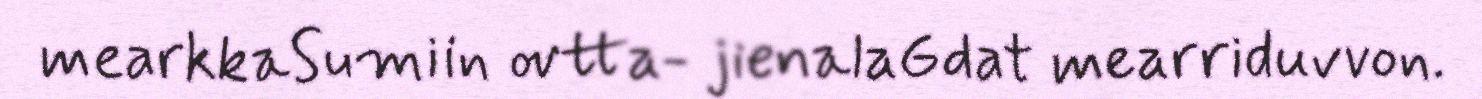
mearkkaSumiin ovtta- jienalaGdat mearriduvvon.